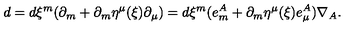
d = d \xi ^ { m } ( \partial _ { m } + \partial _ { m } \eta ^ { \mu } ( \xi ) \partial _ { \mu } ) = d \xi ^ { m } ( e _ { m } ^ { A } + \partial _ { m } \eta ^ { \mu } ( \xi ) e _ { \mu } ^ { A } ) \nabla _ { A } .